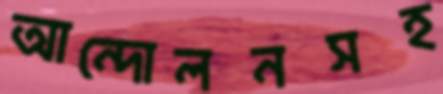
আন্দোলনসহ